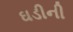
ઘડીની